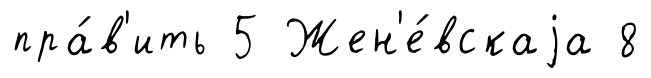
пра́в'ить 5 Жен'е́вскаjа 8